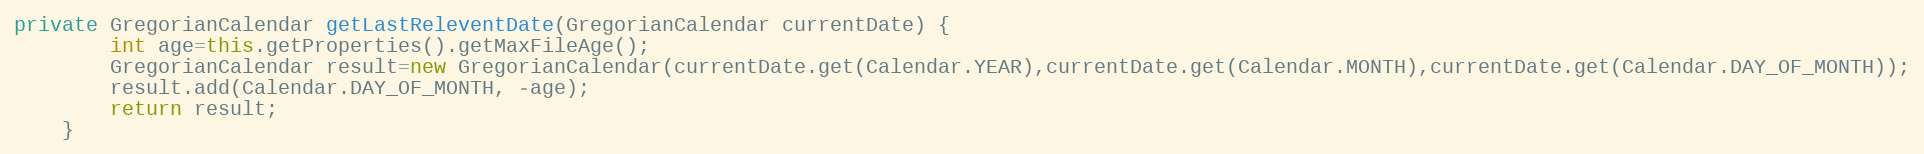
Language: Java
private GregorianCalendar getLastReleventDate(GregorianCalendar currentDate) {
		int age=this.getProperties().getMaxFileAge();
		GregorianCalendar result=new GregorianCalendar(currentDate.get(Calendar.YEAR),currentDate.get(Calendar.MONTH),currentDate.get(Calendar.DAY_OF_MONTH));
		result.add(Calendar.DAY_OF_MONTH, -age);
		return result;
	}